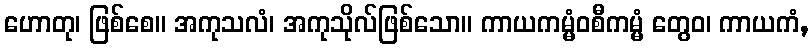
ဟောတု၊ ဖြစ်စေ။ အကုသလံ၊ အကုသိုလ်ဖြစ်သော။ ကာယကမ္မံဝစီကမ္မံ တွေဝ၊ ကာယကံ,